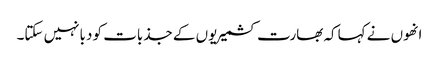
انھوں نے کہاکہ بھارت کشمیریوں کے جذبات کو دبانہیں سکتا۔